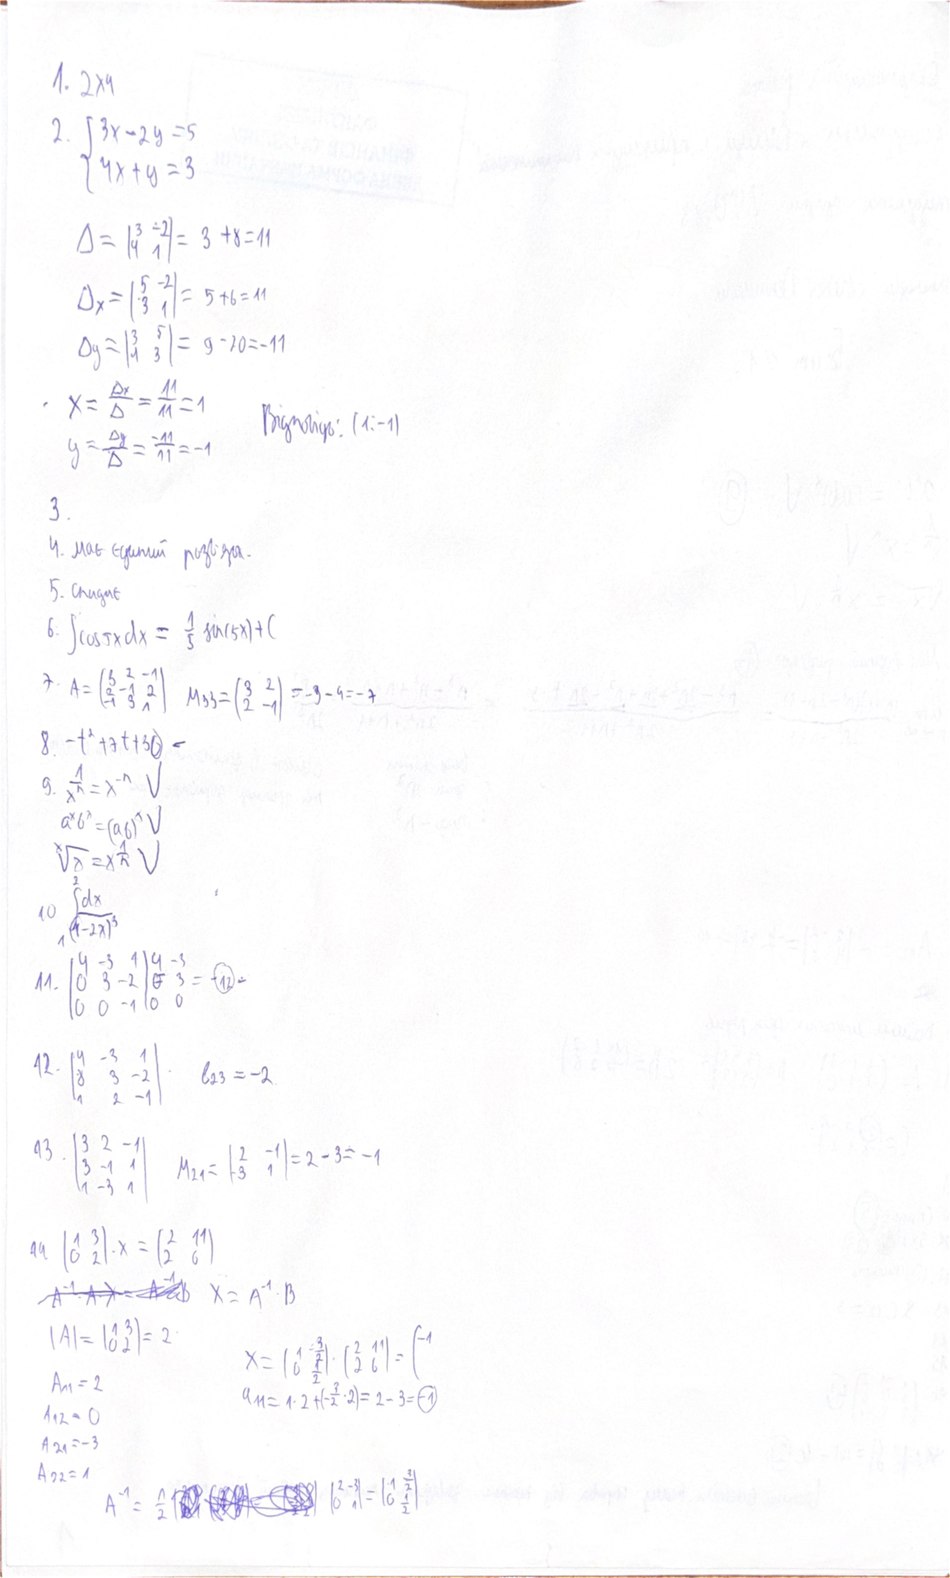
1. 2x4
2. { 3x - 2y = 5
{ 4x + y = 3
Δ = |3 -2/4 1| = 3 + 8 = 11
Δx = | 5 -2/3 1 | = 5 + 6 = 11
Δy = | 3 5/4 3 | = 9 -20 = -11
X = \frac{\Delta x}{\Delta} = \frac{11}{11} = 1
Відповідь: (1:-1)
y = \frac{\Delta y}{\Delta} = \frac{-11}{11} = -1
3.
4. має єдиний розв'язок.
6: ∫cos5xdx = 1/5 sin(5x) + C
7. A = \begin{pmatrix} 3 & 2 & -1 \\ 2 & -1 & 2 \\ -1 & 3 & 1 \end{pmatrix} M_{33} = \begin{pmatrix} 3 & 2 \\ 2 & -1 \end{pmatrix} = -3 - 4 = -7
8. -t^2 + 7t + 30 -
9. 1/x^n = x^-n V
a^x b^x = (ab)^x V
\sqrt[x]{\lambda}=x^{\frac{1}{n}} V
10 \int_1 \frac{d x}{(1-2 x)^3}
11. \begin{equation}\text { M1. } \left\lvert\, \begin{array}{ccc|cc}y & -3 & 1 \\0 & 3 & -2 \\0 & 0 & -1 & 0 & -3 \\0 & 3\end{array}=-(12)\right.\end{equation}
12. | 4 -3 1 | | 8 3 -2 | |1 2 -1| . b23  =-2
| 3 -1 1 | | 3 -1 1 |  |1 -3 1 | = | 2 1 | | -3 1 | =2-3=-1
14. (1 3; 0 2) . X = (2 11; 2 6)
~~ A^-1 · A · X = A^-1 · B~~ X = A^-1 · B
|A| = |1 3 / 0 2| = 2
x=\left(\begin{array}{ll}1 & -\frac{3}{2} \\0 & \frac{7}{2}\end{array}\right) \cdot\left(\begin{array}{ll}2 & 1 \\2 & 6\end{array}\right)=\left(^{-1}\right.
A11 = 2
a(11)=1*2+(-(1)/(2)*2)=2-3=-1
A12 = 0
A21=-3
A22=1
A = n/2 ([illegible])(2 -3/0 1)=(1 1/2 /0 1/2)